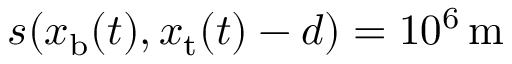
s ( x _ { \mathrm { b } } ( t ) , x _ { \mathrm { t } } ( t ) - d ) = 1 0 ^ { 6 } \, \mathrm { m }